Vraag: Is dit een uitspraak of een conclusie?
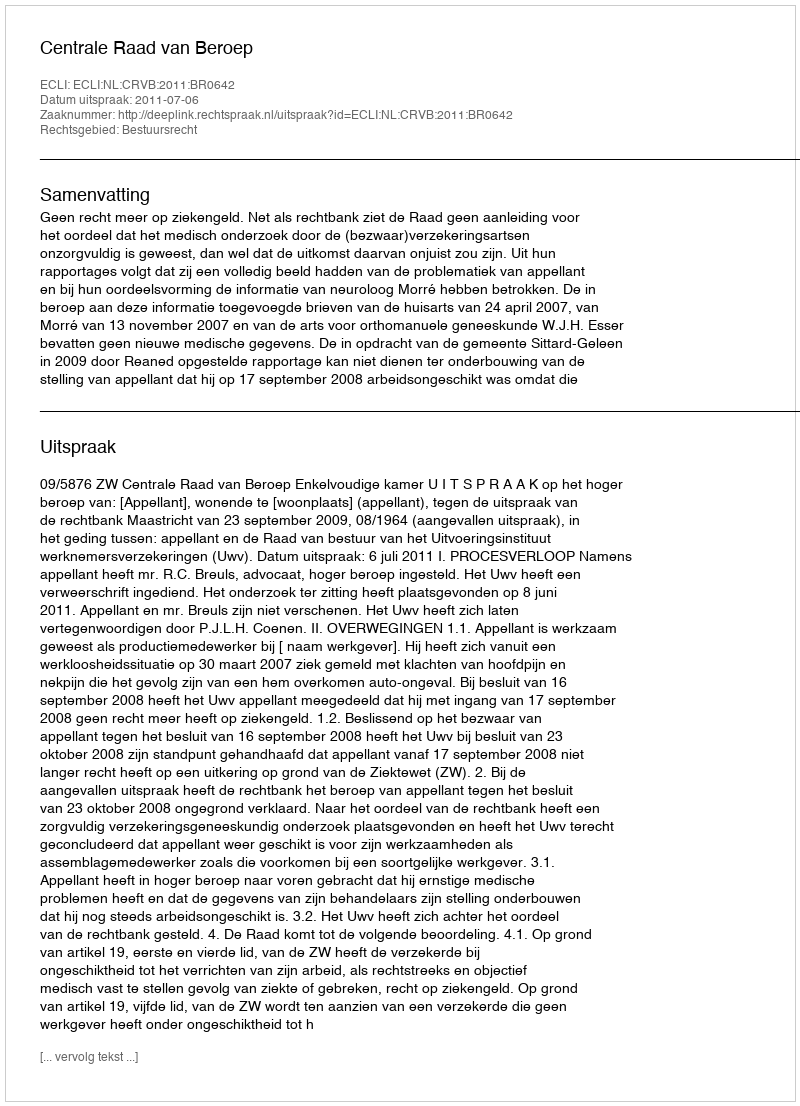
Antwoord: Uitspraak